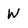
Character: W